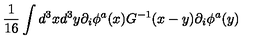
{ \frac { 1 } { 1 6 } } \int d ^ { 3 } x d ^ { 3 } y \partial _ { i } \phi ^ { a } ( x ) G ^ { - 1 } ( x - y ) \partial _ { i } \phi ^ { a } ( y )